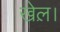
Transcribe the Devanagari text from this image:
खेल़।